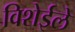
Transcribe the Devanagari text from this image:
विशेईले